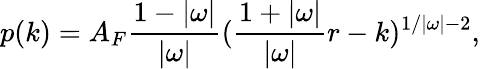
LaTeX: p(k)=A_{F}\frac{1-|\omega|}{|\omega|}(\frac{1+|\omega|}{|\omega|}r-k)^{1/|\omega|-2},